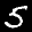
Label: 5